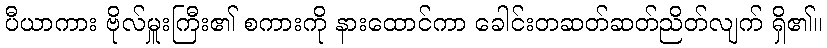
ပီယာကား ဗိုလ်မှူးကြီး၏ စကားကို နားထောင်ကာ ခေါင်းတဆတ်ဆတ်ညိတ်လျက် ရှိ၏။